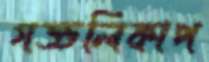
গড্ডলিকাপ